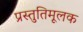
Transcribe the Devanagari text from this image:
प्रस्तुतिमूलक